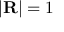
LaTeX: | \mathbf { R } | = 1